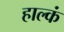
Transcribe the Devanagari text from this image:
हाल्कं